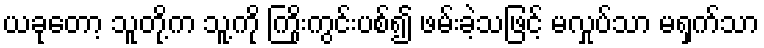
ယခုတော့ သူတို့က သူ့ကို ကြိုးကွင်းပစ်၍ ဖမ်းခဲ့သဖြင့် မလှုပ်သာ မရှက်သာ